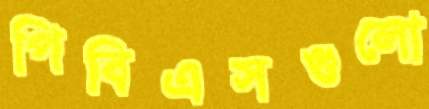
পিবিএসগুলো